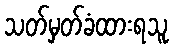
သတ်မှတ်ခံထားရသူ